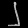
Digit: ၂